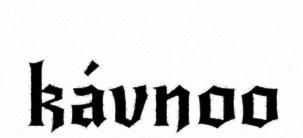
kávnoo